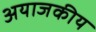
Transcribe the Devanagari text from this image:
अयाजकीय